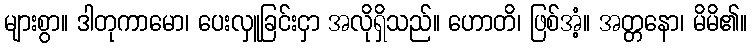
များစွာ။ ဒါတုကာမော၊ ပေးလှူခြင်းငှာ အလိုရှိသည်။ ဟောတိ၊ ဖြစ်အံ့။ အတ္တနော၊ မိမိ၏။